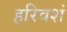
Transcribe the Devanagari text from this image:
हरिवशं